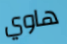
هاوي